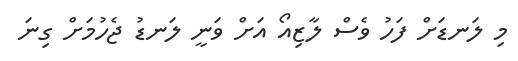
މި ލަނޑަށް ފަހު ވެސް ލާޒިއޯ އަށް ވަނީ ލަނޑު ޖެހުމަށް ގިނަ